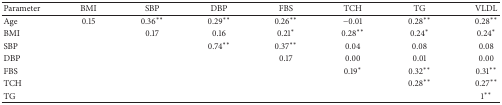
<table><thead><tr><td><b>Parameter</b></td><td><b>BMI</b></td><td><b>SBP</b></td><td><b>DBP</b></td><td><b>FBS</b></td><td><b>TCH</b></td><td><b>TG</b></td><td><b>VLDL</b></td></tr></thead><tbody><tr><td>Age</td><td>0.15</td><td>0.36<sup><i>∗∗</i></sup></td><td>0.29<sup><i>∗∗</i></sup></td><td>0.26<sup><i>∗∗</i></sup></td><td>−0.01</td><td>0.28<sup><i>∗∗</i></sup></td><td>0.28<sup><i>∗∗</i></sup></td></tr><tr><td>BMI</td><td> </td><td>0.17</td><td>0.16</td><td>0.21<sup><i>∗</i></sup></td><td>0.28<sup><i>∗∗</i></sup></td><td>0.24<sup><i>∗</i></sup></td><td>0.24<sup><i>∗</i></sup></td></tr><tr><td>SBP</td><td> </td><td> </td><td>0.74<sup><i>∗∗</i></sup></td><td>0.37<sup><i>∗∗</i></sup></td><td>0.04</td><td>0.08</td><td>0.08</td></tr><tr><td>DBP</td><td> </td><td> </td><td> </td><td>0.17</td><td>0.00</td><td>0.01</td><td>0.00</td></tr><tr><td>FBS</td><td> </td><td> </td><td> </td><td> </td><td>0.19<sup><i>∗</i></sup></td><td>0.32<sup><i>∗∗</i></sup></td><td>0.31<sup><i>∗∗</i></sup></td></tr><tr><td>TCH</td><td> </td><td> </td><td> </td><td> </td><td> </td><td>0.28<sup><i>∗∗</i></sup></td><td>0.27<sup><i>∗∗</i></sup></td></tr><tr><td>TG</td><td> </td><td> </td><td> </td><td> </td><td> </td><td> </td><td>1<sup><i>∗∗</i></sup></td></tr></tbody></table>